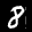
Label: 8